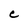
Character: c